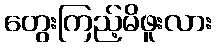
တွေးကြည့်မိဖူးလား